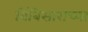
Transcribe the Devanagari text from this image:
बिंबिसाराच्या